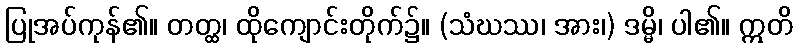
ပြုအပ်ကုန်၏။ တတ္ထ၊ ထိုကျောင်းတိုက်၌။ (သံဃဿ၊ အား၊) ဒမ္မိ၊ ပါ၏။ ဣတိ